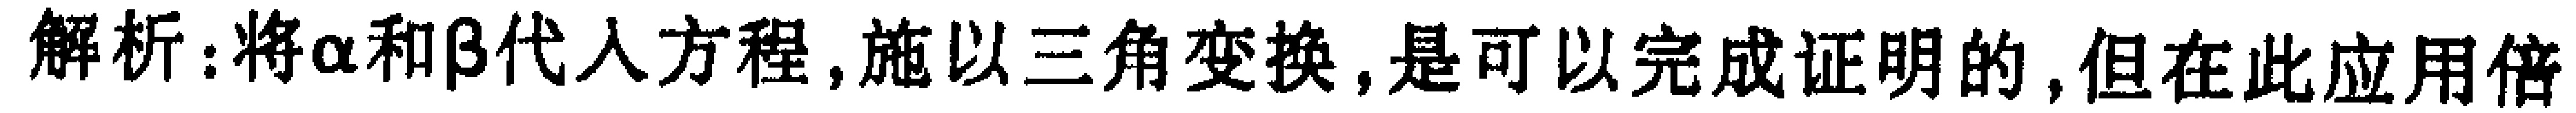
解析:将\(\alpha\)和\(\beta\)代入方程,施以三角变换,是可以完成证明的,但在此应用倍